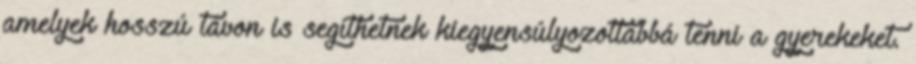
amelyek hosszú távon is segíthetnek kiegyensúlyozottabbá tenni a gyerekeket.